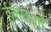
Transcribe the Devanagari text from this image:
ईन्धनों